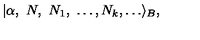
| \alpha , \ N , \ N _ { 1 } , \ \dots , N _ { k } , \dots \rangle _ { B } ,